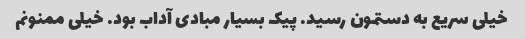
خیلی سریع به دستمون رسید. پیک بسیار مبادی آداب بود. خیلی ممنونم